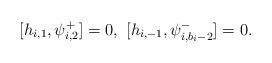
LaTeX: \begin{align*} [h_{i,1}, \psi^+_{i,2}]=0,\ [h_{i,-1},\psi^-_{i,b_i-2}]=0.\end{align*}